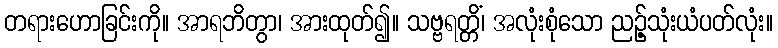
တရားဟောခြင်းကို။ အာရဘိတွာ၊ အားထုတ်၍။ သဗ္ဗရတ္တိံ၊ အလုံးစုံသော ညဉ့်သုံးယံပတ်လုံး။